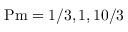
\mathrm { P m } = 1 / 3 , 1 , 1 0 / 3